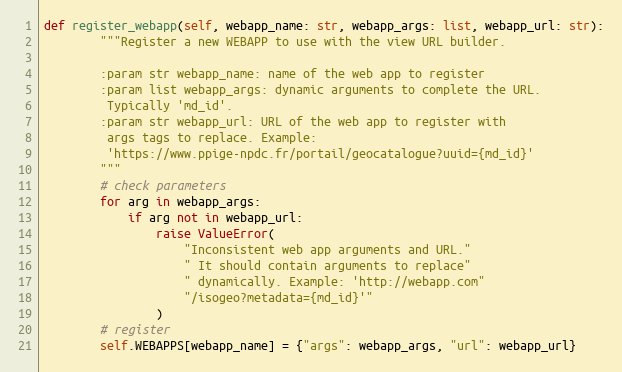
Language: Python
def register_webapp(self, webapp_name: str, webapp_args: list, webapp_url: str):
        """Register a new WEBAPP to use with the view URL builder.

        :param str webapp_name: name of the web app to register
        :param list webapp_args: dynamic arguments to complete the URL.
         Typically 'md_id'.
        :param str webapp_url: URL of the web app to register with
         args tags to replace. Example:
         'https://www.ppige-npdc.fr/portail/geocatalogue?uuid={md_id}'
        """
        # check parameters
        for arg in webapp_args:
            if arg not in webapp_url:
                raise ValueError(
                    "Inconsistent web app arguments and URL."
                    " It should contain arguments to replace"
                    " dynamically. Example: 'http://webapp.com"
                    "/isogeo?metadata={md_id}'"
                )
        # register
        self.WEBAPPS[webapp_name] = {"args": webapp_args, "url": webapp_url}